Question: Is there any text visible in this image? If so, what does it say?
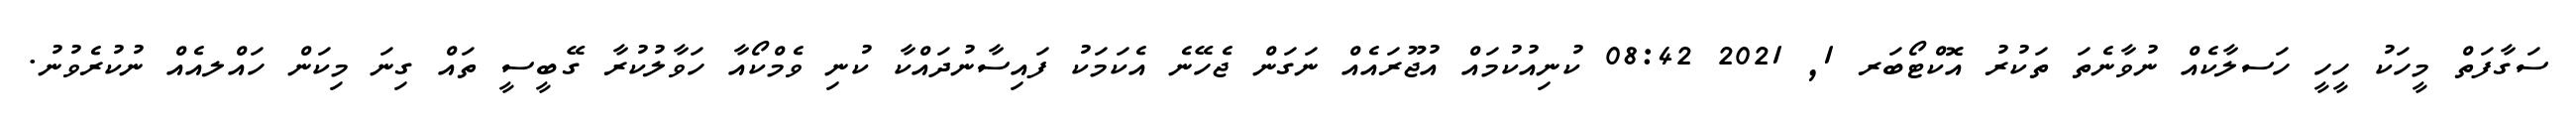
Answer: ސަގާފަތް މީހަކު ހީހީ ހަސލާކެއް ނުވާނެތަ ތަކުރު އޮކްޓޯބަރ 1, 2021 08:42 ކުނިއުކުމައް އުޖޫރައެއް ނަގަން ޖެހޭނެ އެކަމަކު ފައިސާނުދައްކާ ކުނި ވެމްކޯއާ ހަވާލުކުރާ ގޭބީސީ ތައް ގިނަ މިކަން ހައްލއެއް ނުކުރެވުނު.